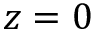
z = 0